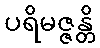
ပရိမဇ္ဇန္တိ